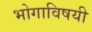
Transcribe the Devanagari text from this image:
भोगाविषयी